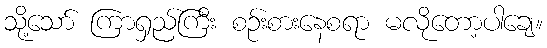
သို့သော် ကြာရှည်ကြီး စဉ်းစားနေစရာ မလိုတော့ပါချေ။